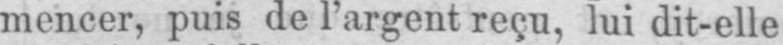
mencer, puis de l’argent reçu, lui dit-elle